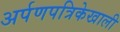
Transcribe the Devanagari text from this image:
अर्पणपत्रिकेखाली